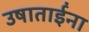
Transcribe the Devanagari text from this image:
उषाताईंना